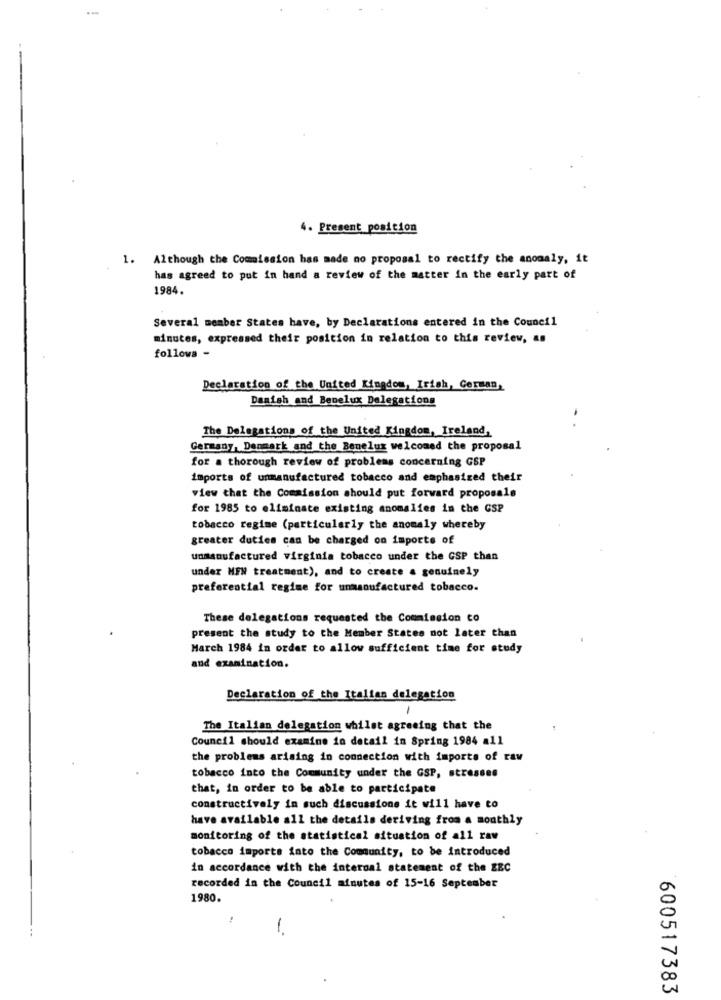
4. Present position
1. Although the Commission has made no proposal to rectify the anomaly, it
has agreed to put in hand a review of the matter in the early part of
1984.
Several member States have, by Declarations entered in the Council
minutes, expressed their position in relation to this review, as
follows -
Declaration of the United Kingdom, Irish, German,
Danish and Benelux Delegations
The Delegations of the United Kingdom, Ireland,
Germany, Danmark and the Benelux welcomed the proposal
for a thorough review of problems concerning GSP
imports of unmanufactured tobacco and emphasized their
view that the Commission should put forward proposals
for 1985 to eliminate existing anomalies in the GSP
tobacco regime (particularly the anomaly whereby
greater duties can be charged on importe of
unmanufactured virginia tobacco under the GSP than
under MEN treatment), and to create a genuinely
preferential regime for unmanufactured tobacco.
These delegations requested the Commission to
present the study to the Member States not later than
March 1984 in order to allow sufficient time for study
and examination.
Declaration of the Italian delegation
1
The Italian delegation whilst agreeing that the
Council should examine in detail in Spring 1984 all
the problems arising in connection with imports of raw
tobacco into the Community under the GSP, stresses
that, in order to be able to participate
constructively in such discussions it will have to
have available all the details deriving from a monthly
monitoring of the statistical situation of all raw
tobacco imports into the Community, to be introduced
in accordance with the internal statement of the ERC
recorded in the Council minutes of 15-16 September
1980
1.
600517383